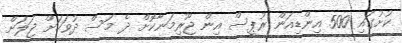
ކުށުގައި 500 އިންޑިއަން ރުޕީސް އިން ޖޫރިމަނާކޮށް ދެ މަސް ދުވަހަށް ޖަލަށް